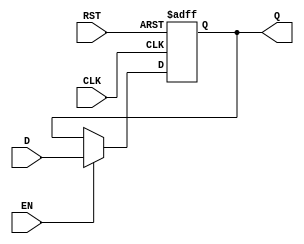
module ForwardingRegister (
    input wire [31:0] D,      // Current Data Input
    input wire EN,            // Forward Enable Signal
    input wire CLK,           // Clock Signal
    input wire RST,           // Reset Signal
    output reg [31:0] Q       // Forwarded Data Output
);

// Asynchronous reset and synchronous data capture
always @(posedge CLK or posedge RST) begin
    if (RST) begin
        Q <= 32'b0;           // Clear the register to zero on reset
    end else if (EN) begin
        Q <= D;               // Capture the current data input when enabled
    end
    // If EN is low, Q retains its previous value
end

endmodule